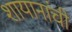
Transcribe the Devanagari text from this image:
शायानांची